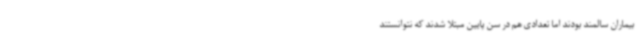
بیماران سالمند بودند اما تعدادی هم در سن پایین مبتلا شدند که نتوانستند